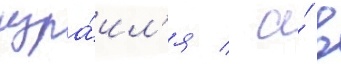
изра́ил'я / а́ в